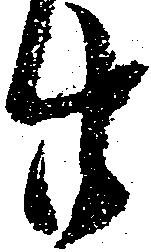
廿